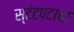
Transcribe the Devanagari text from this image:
स्टंटपटाचा